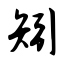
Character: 矧